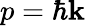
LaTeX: p=\hbar\mathbf{k}